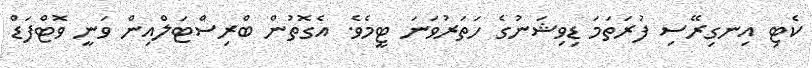
ކެޓި އިނގިރޭސި ފުރަތަމަ ޑިވިޝަނުގެ ހަތަރުވަނަ ޓީމެވެ. އެގޮތުން ބްރިސްޓަލްއިން ވަނީ ވޮޓްފަޑް